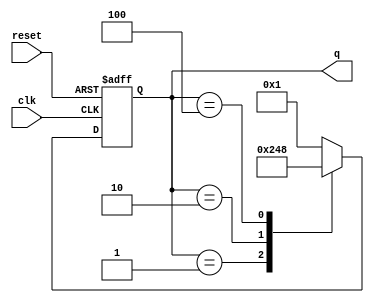
module decade_ring_counter (
    input wire clk,       // Clock signal
    input wire reset,     // Asynchronous reset signal
    output reg [3:0] q    // 4-bit output representing the current state
);

// State encoding for the Decade Ring Counter
localparam [3:0] STATE_0 = 4'b0000;
localparam [3:0] STATE_1 = 4'b0001;
localparam [3:0] STATE_2 = 4'b0010;
localparam [3:0] STATE_3 = 4'b0100;
localparam [3:0] STATE_4 = 4'b1000;
localparam [3:0] STATE_5 = 4'b0001; // Loop back to STATE_1
localparam [3:0] STATE_6 = 4'b0010; // Loop back to STATE_2
localparam [3:0] STATE_7 = 4'b0100; // Loop back to STATE_3
localparam [3:0] STATE_8 = 4'b1000; // Loop back to STATE_4
localparam [3:0] STATE_9 = 4'b0001; // Loop back to STATE_1

always @(posedge clk or posedge reset) begin
    if (reset) begin
        q <= STATE_0; // Reset to initial state (0000)
    end else begin
        case (q)
            STATE_0: q <= STATE_1;
            STATE_1: q <= STATE_2;
            STATE_2: q <= STATE_3;
            STATE_3: q <= STATE_4;
            STATE_4: q <= STATE_1; // Wrap around to STATE_1 after STATE_4
            default: q <= STATE_1; // Default case to handle any unexpected states
        endcase
    end
end

endmodule